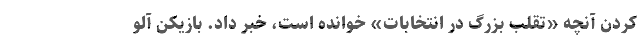
کردن آنچه «تقلب بزرگ در انتخابات» خوانده است، خبر داد. بازیکن آلو